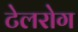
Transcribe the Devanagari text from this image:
टेलरोग